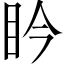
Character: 𥄯